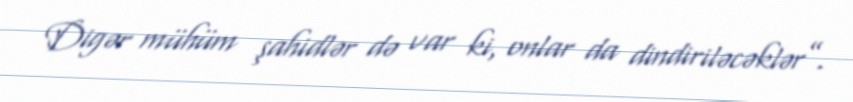
Digər mühüm şahidlər də var ki, onlar da dindiriləcəklər”.